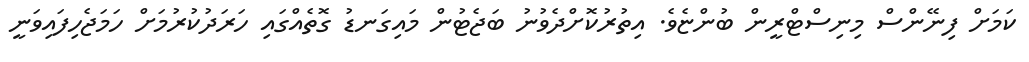
ކަމަށް ފިނޭންސް މިނިސްޓްރީން ބުންޏެވެ. އިތުރުކޮށްދެވުނު ބަޖެޓުން މައިގަނޑު ގޮތެއްގައި ހަރަދުކުރުމަށް ހަމަޖެހިފައިވަނީ